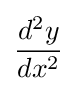
{d^{2}y \over dx^{2}}